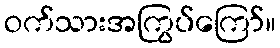
ဝက်သားအကြွပ်ကြော်။